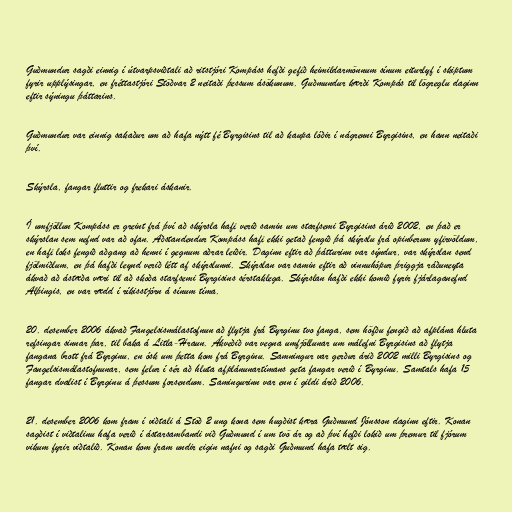
Guðmundur sagði einnig í útvarpsviðtali að ritstjóri Kompáss hefði gefið heimildarmönnum sínum eiturlyf í skiptum
fyrir upplýsingar, en fréttastjóri Stöðvar 2 neitaði þessum ásökunum. Guðmundur kærði Kompás til lögreglu daginn
eftir sýningu þáttarins.

Guðmundur var einnig sakaður um að hafa nýtt fé Byrgisins til að kaupa lóðir í nágrenni Byrgisins, en hann neitaði
því.

Skýrsla, fangar fluttir og frekari áskanir.

Í umfjöllun Kompáss er greint frá því að skýrsla hafi verið samin um starfsemi Byrgisins árið 2002, en það er
skýrslan sem nefnd var að ofan. Aðstandendur Kompáss hafi ekki getað fengið þá skýrslu frá opinberum yfirvöldum,
en hafi loks fengið aðgang að henni í gegnum aðrar leiðir. Daginn eftir að þátturinn var sýndur, var skýrslan send
fjölmiðlum, en þá hafði leynd verið létt af skýrslunni. Skýrslan var samin eftir að vinnuhópur þriggja ráðuneyta
ákvað að ástæða væri til að skoða starfsemi Byrgisins sérstaklega. Skýrslan hafði ekki komið fyrir fjárlaganefnd
Alþingis, en var rædd í ríkisstjórn á sínum tíma.

20. desember 2006 ákvað Fangelsismálastofnun að flytja frá Byrginu tvo fanga, sem höfðu fengið að afplána hluta
refsingar sinnar þar, til baka á Litla-Hraun. Ákveðið var vegna umfjöllunar um málefni Byrgisins að flytja
fangana brott frá Byrginu, en ósk um þetta kom frá Byrginu. Samningur var gerður árið 2002 milli Byrgisins og
Fangelsismálastofnunar, sem felur í sér að hluta afplánunartímans geta fangar verið í Byrginu. Samtals hafa 15
fangar dvalist í Byrginu á þessum forsendum. Samingurinn var enn í gildi árið 2006.

21. desember 2006 kom fram í viðtali á Stöð 2 ung kona sem hugðist kæra Guðmund Jónsson daginn eftir. Konan
sagðist í viðtalinu hafa verið í ástarsambandi við Guðmund í um tvö ár og að því hefði lokið um þremur til fjórum
vikum fyrir viðtalið. Konan kom fram undir eigin nafni og sagði Guðmund hafa tælt sig.